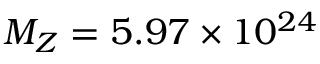
M _ { Z } = 5 . 9 7 \times 1 0 ^ { 2 4 }